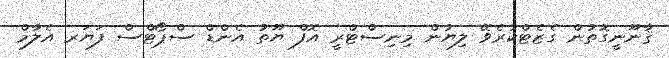
ޤާނޫނީގޮތުން ގެޒެޓްކުރެވޭ ލިޔުން މިނިސްޓްރީ އޮފް ޔޫތު އެންޑް ސްޕޯޓްސް ފަޔަރ އެލާމް